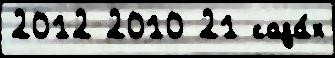
2012 2010 21 сада́х